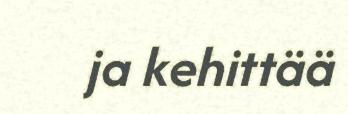
ja kehittää